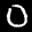
Label: 0